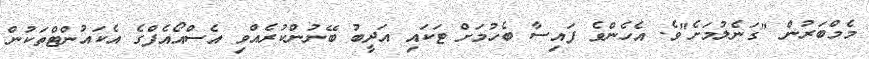
މެމްބަރުން "ގަނެލުމަށެ"ވެ. އެހެންވެ ފައިސާ ބެހުމަށް ޓަކައި އަދީބު ބޭނުންކުރެއްވި އެސްއޯއެފްގެ އެކައުންޓްތަކުން